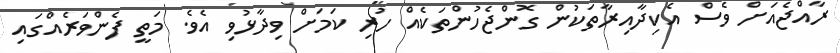
ރާއްޖެއަށް ވެސް އެކިދާއިރާތަކުން ގޮންޖެހުންތަކެއް ހުރި ކަމަށް ވިދާޅުވި އެވެ. މަތީ ފެންވަރެއްގައި